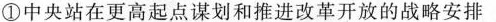
①中央站在更高起点谋划和推进改革开放的战略安排